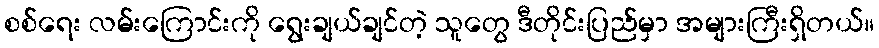
စစ်ရေး လမ်းကြောင်းကို ရွေးချယ်ချင်တဲ့ သူတွေ ဒီတိုင်းပြည်မှာ အများကြီးရှိတယ်။